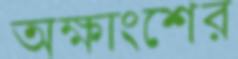
অক্ষাংশের